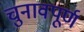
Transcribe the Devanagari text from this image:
चुनावपूर्ण